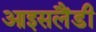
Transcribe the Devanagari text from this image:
आइसलैंडी